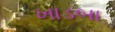
ખાડબા